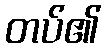
တပ်၏